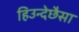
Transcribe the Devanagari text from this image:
हिउन्देछैसा